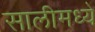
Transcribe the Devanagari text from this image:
सालीमध्ये